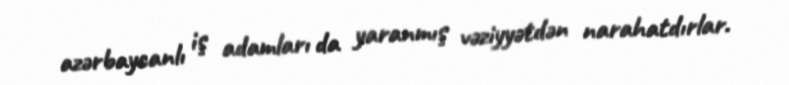
azərbaycanlı iş adamları da yaranmış vəziyyətdən narahatdırlar.